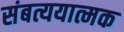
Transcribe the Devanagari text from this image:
संबत्ययात्मक